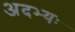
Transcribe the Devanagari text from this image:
अदभ्यः